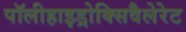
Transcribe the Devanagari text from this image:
पॉलीहाइड्रोक्सिवैलेरेट